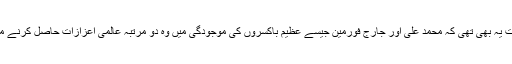
ان کے کیریئر کی خاص بات یہ بھی تھی کہ محمد علی اور جارج فورمین جیسے عظیم باکسروں کی موجودگی میں وہ دو مرتبہ عالمی اعزازات حاصل کرنے میں کامیاب بھی ہوئے تھے۔